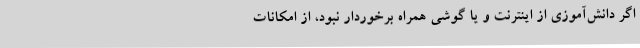
اگر دانش‌آموزی از اینترنت و یا گوشی همراه برخوردار نبود، از امکانات